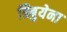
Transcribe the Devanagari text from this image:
त्रिबुयेना